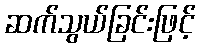
ဆက်သွယ်ခြင်းဖြင့်